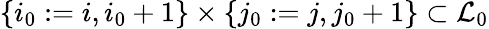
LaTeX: \{ i_{0}:=i,i_{0}+1\} \times\{ j_{0}:=j,j_{0}+1\} \subset\mathcal{L}_{0}